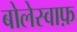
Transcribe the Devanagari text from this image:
बोलेस्वाफ़